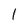
Character: l